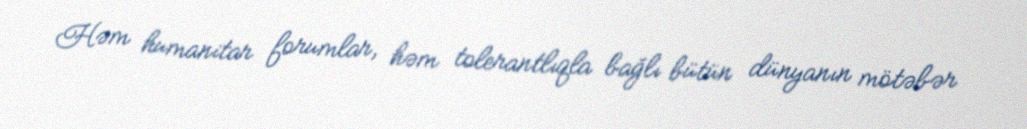
Həm humanitar forumlar, həm tolerantlıqla bağlı bütün dünyanın mötəbər